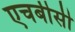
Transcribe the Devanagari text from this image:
एचबीसी